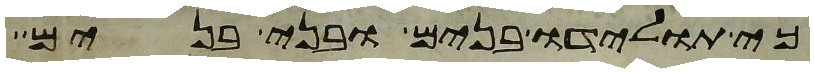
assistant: כי תולידו בנים ובני בנים